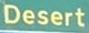
Desert